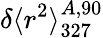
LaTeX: \delta\langle r^{2}\rangle_{\mathrm{327}}^{A,90}